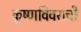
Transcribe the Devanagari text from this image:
कृष्णविवराची